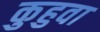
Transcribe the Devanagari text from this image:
कुहुवा